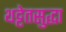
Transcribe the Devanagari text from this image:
थट्टेतसुद्धा